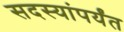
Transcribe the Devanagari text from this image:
सदस्यांपर्यंत